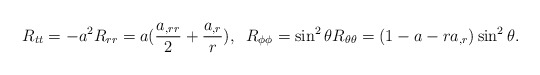
\begin{align*}R_{tt}=-a^2R_{rr}=a(\frac{a_{,rr}}{2}+\frac{a_{,r}}{r}),\;\;R_{\phi\phi}=\sin^2\theta R_{\theta\theta}=(1-a-ra_{,r})\sin^2\theta.\end{align*}